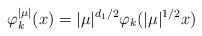
LaTeX: \begin{align*}\varphi_k^{|\mu|}(x)=|\mu|^{d_1/2}\varphi_k(|\mu|^{1/2}x)\end{align*}